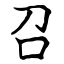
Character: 召